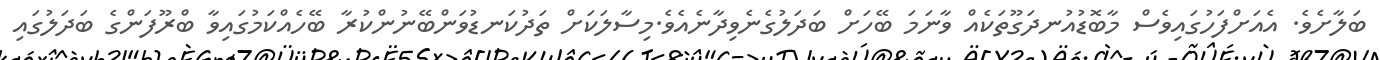
ބަލާށެވެ. އެއަށްފަހުގައިވެސް މާބޮޑުއުނދަގޫތަކެއް ވާނަމަ ބޭހަށް ބަދަލުގެނެވިދާނެއެވެ.މިސާލަކަށް ތަދުކަނޑުވަންބޭނުންކުރާ ބޭހެއްކަމުގައިވާ ބްރޫފަންގެ ބަދަލުގައި